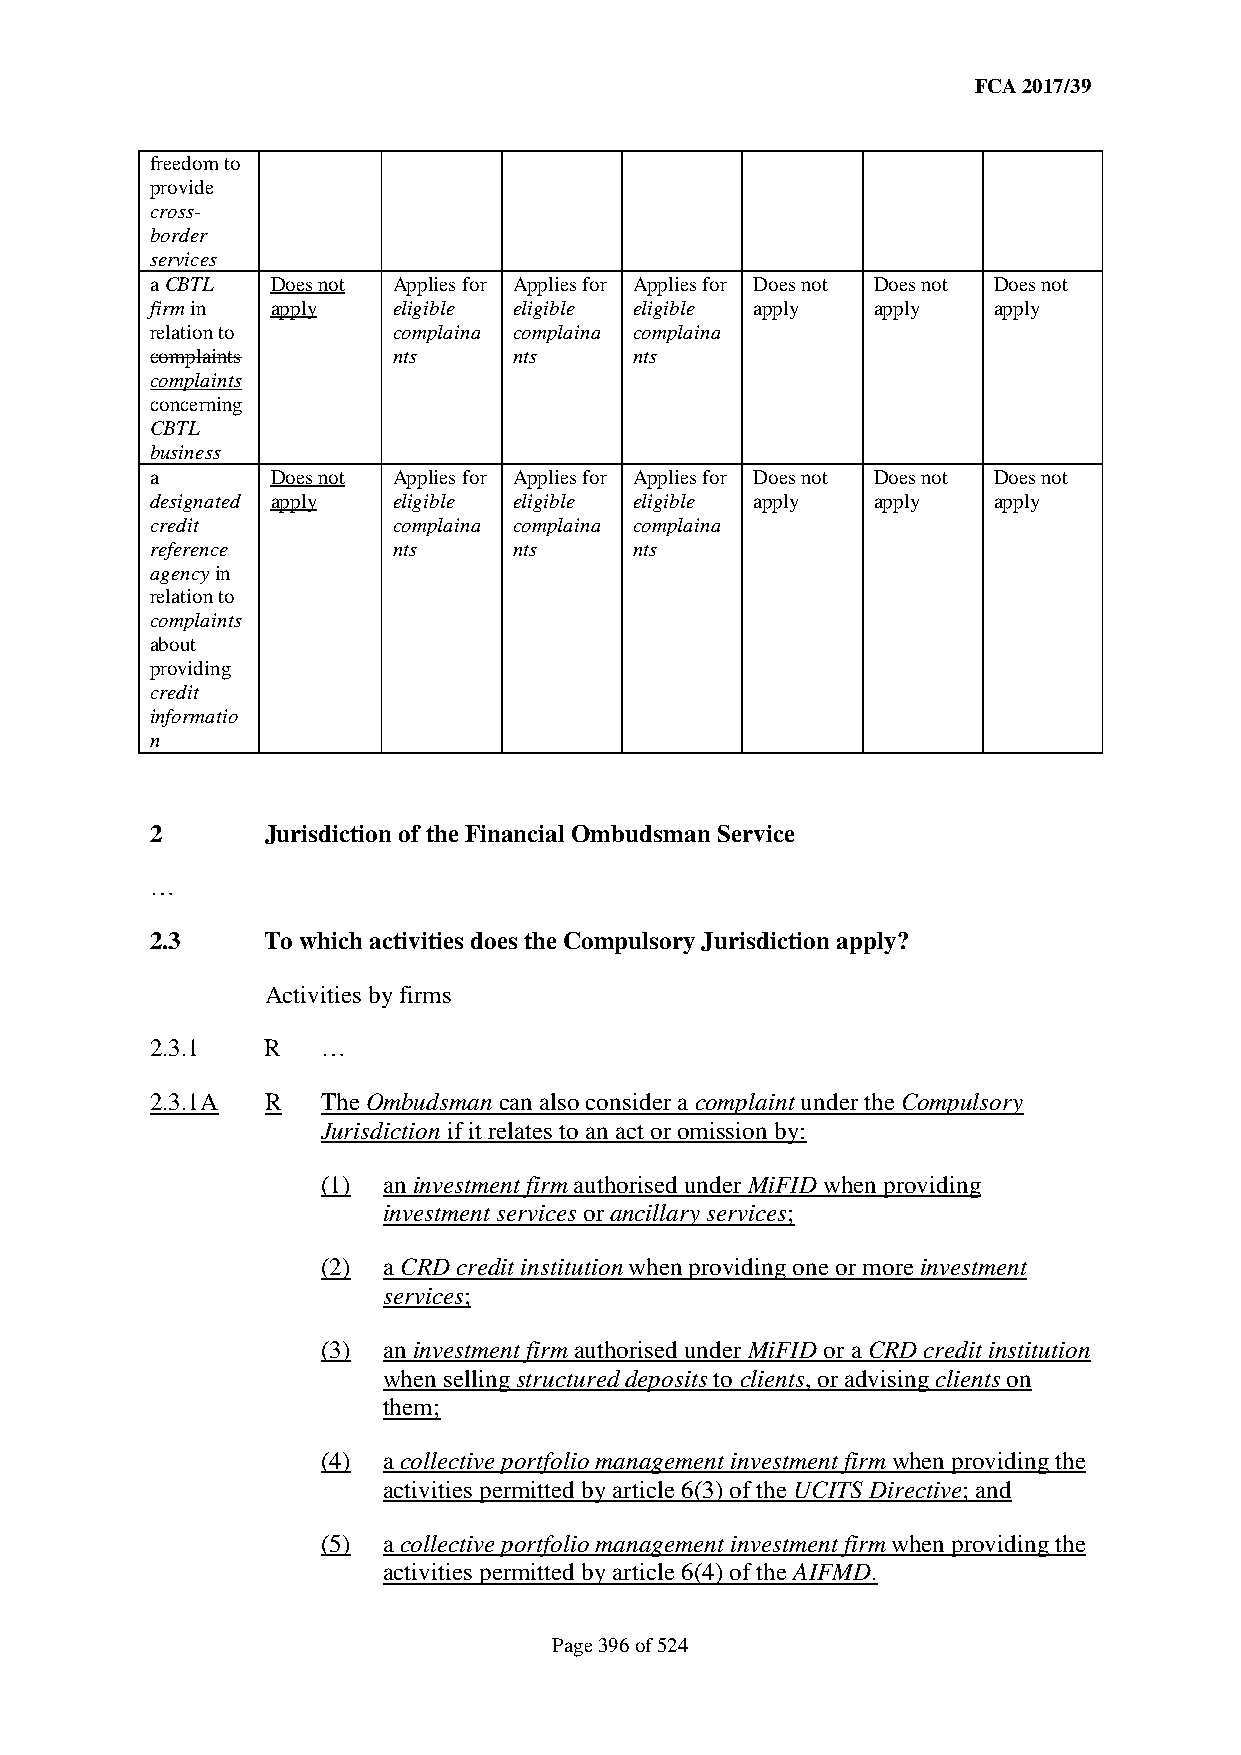
FCA 2017/39
 freedom to
 provide
 cross-
 border
 services
 a CBTL  Does not Applies for Applies for Applies for Does not Does not Does not
 firm in apply   eligible eligible eligible apply apply  apply
 relation to     complaina complaina complaina
 complaints      nts     nts     nts
 complaints
 concerning
 CBTL
 business
 a       Does not Applies for Applies for Applies for Does not Does not Does not
 designated apply eligible eligible eligible apply apply apply
 credit          complaina complaina complaina
 reference       nts     nts     nts
 agency in
 relation to
 complaints
 about
 providing
 credit
 informatio
 n
 2       Jurisdiction of the Financial Ombudsman Service
 …
 2.3     To which activities does the Compulsory Jurisdiction apply?
 Activities by firms
 2.3.1   R  …
 2.3.1A  R  The Ombudsman can also consider a complaint under the Compulsory
 Jurisdiction if it relates to an act or omission by:
 (1) an investment firm authorised under MiFID when providing
 investment services or ancillary services;
 (2) a CRD credit institution when providing one or more investment
 services;
 (3) an investment firm authorised under MiFID or a CRD credit institution
 when selling structured deposits to clients, or advising clients on
 them;
 (4) a collective portfolio management investment firm when providing the
 activities permitted by article 6(3) of the UCITS Directive; and
 (5) a collective portfolio management investment firm when providing the
 activities permitted by article 6(4) of the AIFMD.
 Page 396 of 524